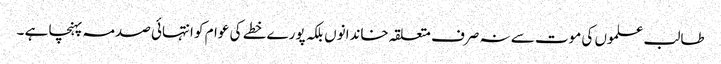
طالب علموں کی موت سے نہ صرف متعلقہ خاندانوں بلکہ پورے خطے کی عوام کو انتہائی صدمہ پہنچا ہے ۔